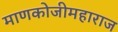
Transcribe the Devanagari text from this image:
माणकोजीमहाराज